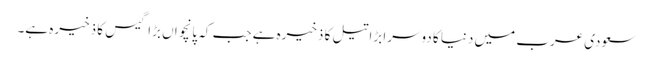
سعودی عرب میں دنیا کا دوسرا بڑا تیل کا ذخیرہ ہے جب کہ پانچواں بڑا گیس کا ذخیرہ ہے۔